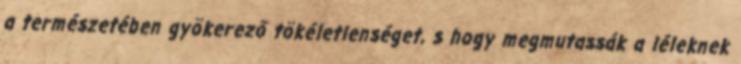
a természetében gyökerező tökéletlenséget, s hogy megmutassák a léleknek